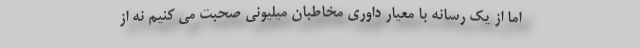
اما از یک رسانه با معیار داوری مخاطبان میلیونی صحبت می کنیم نه از